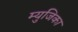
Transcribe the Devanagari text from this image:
म्युजिका